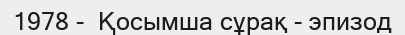
1978 -  Қосымша сұрақ - эпизод